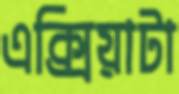
এক্সিয়াটা